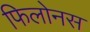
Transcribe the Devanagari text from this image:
फिलोनस